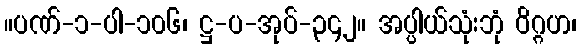
။ပဏ်-၁-ပါ-၁၀၆၊ ဋ္ဌ-ပ-အုပ်-၃၄၂။ အပ္ပါယ်သုံးဘုံ ဝိဂ္ဂဟ၊